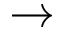
\to